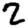
Digit: 2